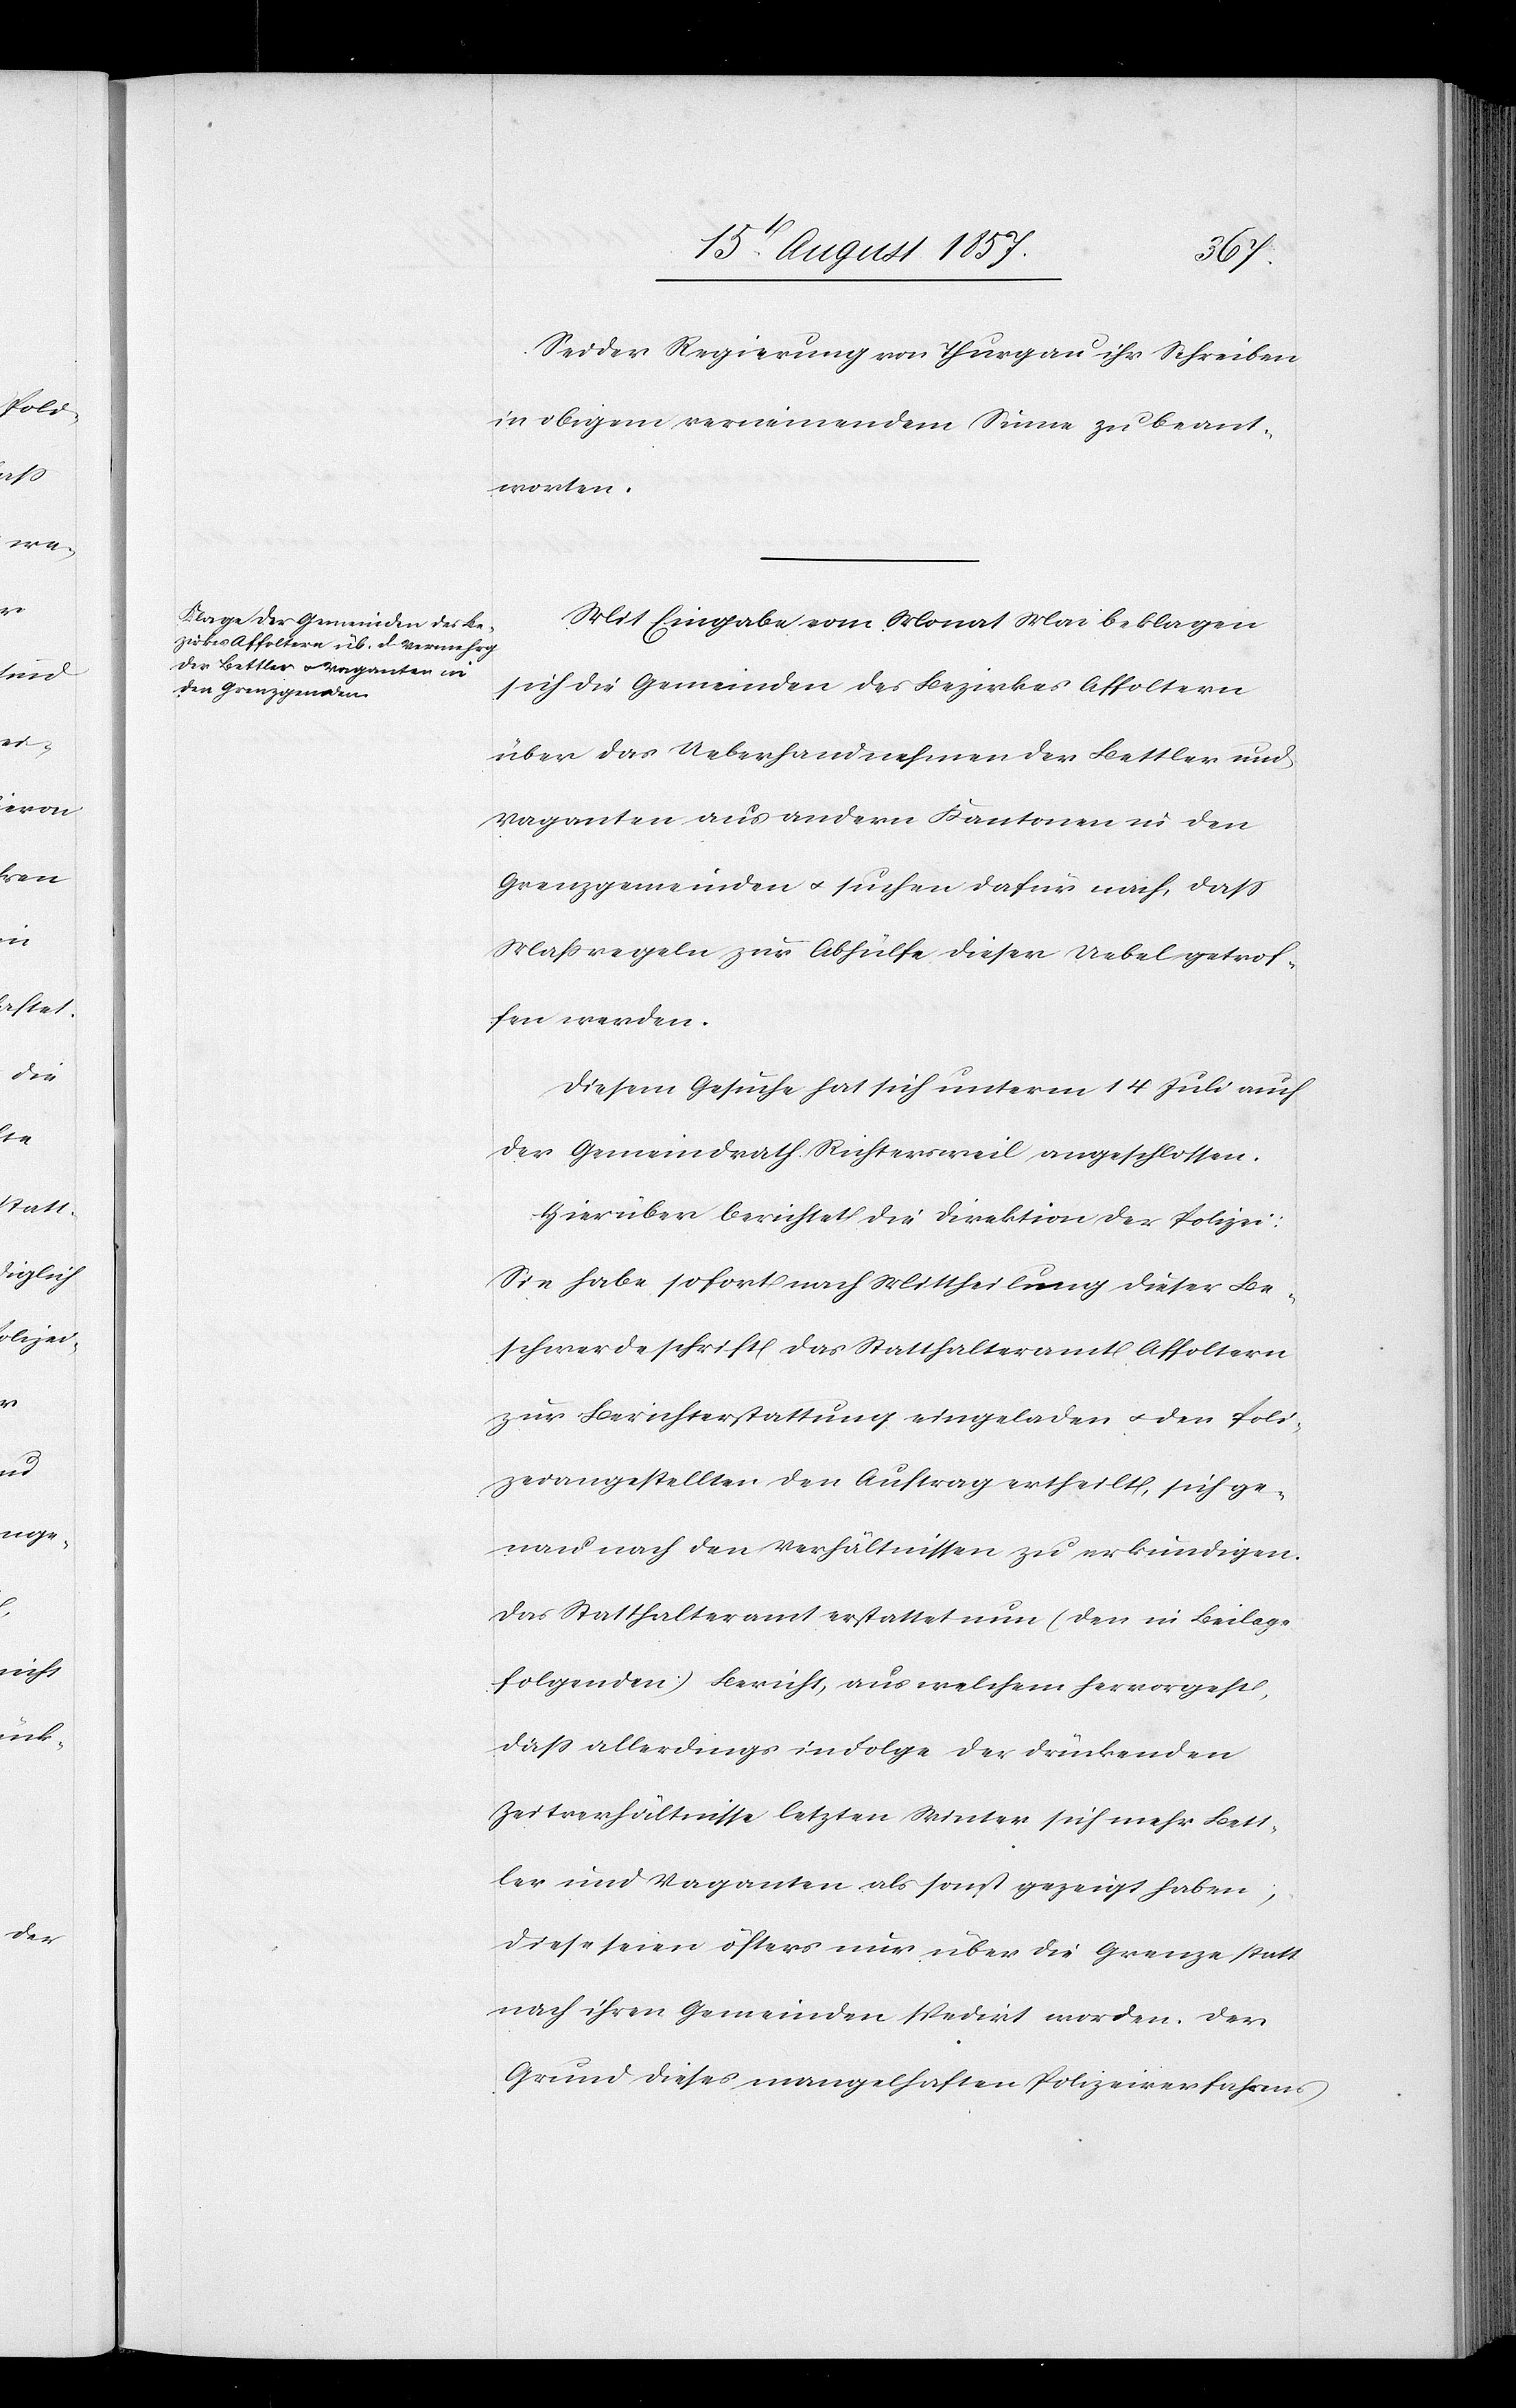
Sei der Regierung von Thurgau ihr Schreiben
in obigem verneinendem Sinne zu beant¬
worten.
Mit Eingabe vom Monat Mai beklagen
sich die Gemeinden des Bezirkes Affoltern
über das Ueberhandnehmen der Bettler und
Vaganten aus andern Kantonen in den
Grenzgemeinden & suchen dafür nach, daß
Maßregeln zur Abhülfe dieser Uebel getrof¬
fen werden.
Diesem Gesuche hat sich unterm 14 Juli auch
der Gemeindrath Richtersweil angeschlossen.
Hierüber berichtet die Direktion der Polizei:
Sie habe sofort nach Mittheilung dieser Be¬
schwerdeschrift das Statthalteramt Affoltern
zur Berichterstattung eingeladen & den Poli¬
zeiangestellten den Auftrag ertheilt, sich ge¬
nau nach den Verhältnissen zu erkundigen.
Das Statthalteramt erstattet nun (den in Beilage
folgenden) Bericht, aus welchem hervorgeht,
daß allerdings in Folge der drückenden
Zeitverhältnisse letzten Winter sich mehr Bett¬
ler und Vaganten als sonst gezeigt haben,
diese seien öfters nur über die Grenze statt
nach ihren Gemeinden spedirt worden. Der
Grund dieses mangelhaften Polizeiverfahrens